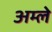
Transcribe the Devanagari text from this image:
अम्‍ले